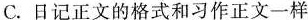
C.日记正文的格式和习作正文一样